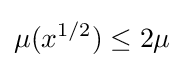
\mu (x^{1/2})\leq 2\mu